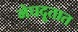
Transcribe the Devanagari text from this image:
मेघदूतात